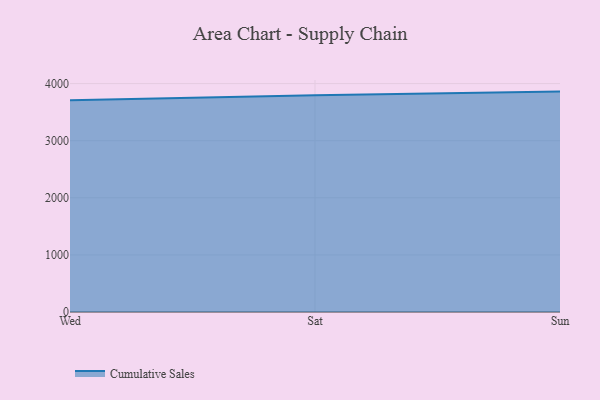
{"axis": {"x": "Day", "y": "Latency (ms)"}, "legend": ["Cumulative Sales"], "data": [{"x": "Wed", "y": 3708.2, "type": "Cumulative Sales"}, {"x": "Sat", "y": 3793.8, "type": "Cumulative Sales"}, {"x": "Sun", "y": 3859.7, "type": "Cumulative Sales"}]}